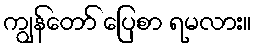
ကျွန်တော် ပြေစာ ရမလား။